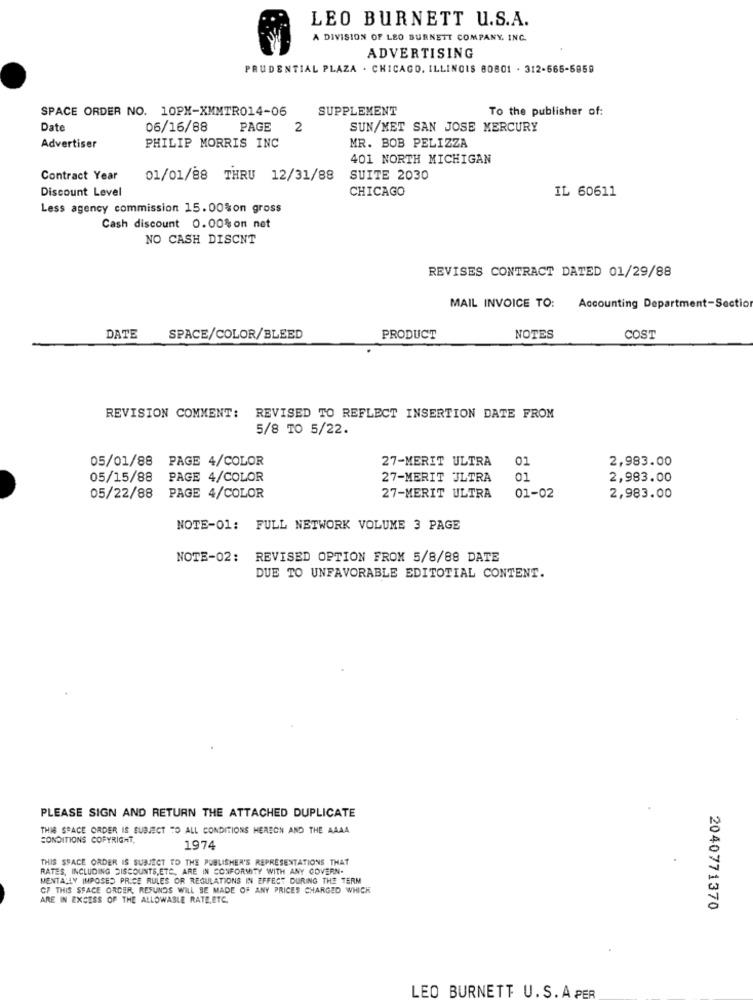
LEO BURNETT U.S.A.
A DIVISION OF LEO BURNETT COMPANY, INC.
ADVERTISING
PRUDENTIAL PLAZA . CHICAGO, ILLINOIS 80801 . 312-666-6859
SPACE ORDER NO. 10PX-XMMTR014-06
SUPPLEMENT
To the publisher of:
Date
06/16/88
PAGE
2
SUN/MET SAN JOSE MERCURY
Advertiser
PHILIP MORRIS INC
MR. BOB PELIZZA
401 NORTH MICHIGAN
Contract Year
01/01/88 THRU 12/31/88
SUITE 2030
Discount Level
CHICAGO
IL 60611
Less agency commission 15.00%on gross
Cash discount 0.00%on net
NO CASH DISCNT
REVISES CONTRACT DATED 01/29/88
MAIL INVOICE TO: Accounting Department-Sectio
DATE
SPACE/COLOR/BLEED
PRODUCT
NOTES
COST
REVISION COMMENT: REVISED TO REFLECT INSERTION DATE FROM
5/8 TO 5/22.
05/01/88 PAGE 4/COLOR
27-MERIT ULTRA
01
2,983.00
05/15/88
PAGE 4/COLOR
27-MERIT ULTRA
01
2,983.00
05/22/88
PAGE 4/COLOR
27-MERIT ULTRA
01-02
2,983.00
NOTE-01: FULL NETWORK VOLUME 3 PAGE
NOTE-02:
REVISED OPTION FROM 5/8/88 DATE
DUE TO UNFAVORABLE EDITOTIAL CONTENT.
PLEASE SIGN AND RETURN THE ATTACHED DUPLICATE
THIS SPACE ORDER IS SUBJECT TO ALL CONDITIONS HEREON AND THE AAAA
CONDITIONS COPYRIGHT,
1974
THIS SPACE ORDER IS SUBJECT TO THE PUBLISHER'S REPRESENTATIONS THAT
RATES, INCLUDING DISCOUNTS,ETC ., ARE IN CONFORMITY WITH ANY GOVERN-
MENTALLY IMPOSES PRICE RULES OR REGULATIONS IN EFFECT DURING THE TERM
CF THIS SPACE ORDER, REFUNDS WILL BE MADE OF ANY PRICES CHARGED WHICH
ARE IN EXCESS OF THE ALLOWABLE RATE,ETC.
2040771370
LEO BURNETT U.S. A PER